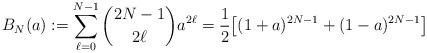
LaTeX: \begin{align*}B_N(a) := \sum_{\ell=0}^{N-1} {2N-1\choose 2\ell} a^{2\ell} = \frac{1}{2}\big[ (1+a)^{2N-1} + (1-a)^{2N-1} \big]\end{align*}